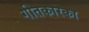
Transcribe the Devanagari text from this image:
गीतकारका